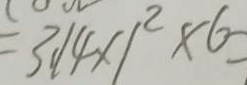
= 3 . 1 4 \times 1 ^ { 2 } \times 6 =